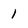
Character: 1